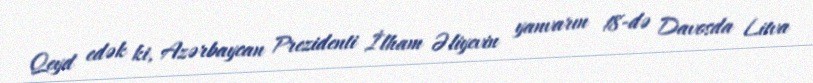
Qeyd edək ki, Azərbaycan Prezidenti İlham Əliyevin yanvarın 18-də Davosda Litva